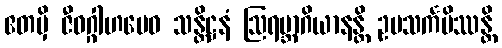
ဧတမှိ ဇီဝဂ္ဂါဟမေဝ သန္တိဋ္ဌနံ ဩရမ္ဘာဂိယာနန္တိ ဥပသင်္ကမိဿန္တိ